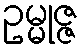
ဥမ္မုဇ္ဇ